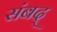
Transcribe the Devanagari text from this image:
संबद्